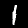
Digit: 1